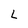
Character: L